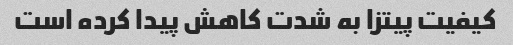
کیفیت پیتزا به شدت کاهش پیدا کرده است